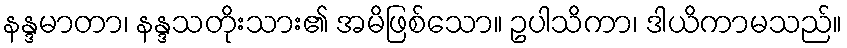
နန္ဒမာတာ၊ နန္ဒသတိုးသား၏ အမိဖြစ်သော။ ဥပါသိကာ၊ ဒါယိကာမသည်။